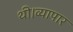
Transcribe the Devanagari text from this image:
थी।व्यापार